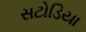
સટોડિયા